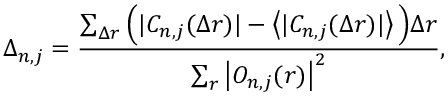
\Delta _ { n , j } = \frac { \sum _ { \Delta \boldsymbol { r } } \Big ( | C _ { n , j } ( \Delta \boldsymbol { r } ) | - \left\langle | C _ { n , j } ( \Delta \boldsymbol { r } ) | \right\rangle \Big ) \Delta \boldsymbol { r } } { \sum _ { \boldsymbol { r } } \left| O _ { n , j } ( \boldsymbol { r } ) \right| ^ { 2 } } ,